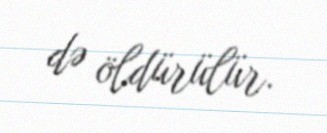
də öldürülür.